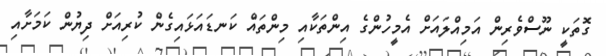
ގޮތަކީ ނޫސްވެރިން އަމިއްލައަށް އެމީހުންގެ އިންތަކާއި މިންތައް ކަނޑައަޅައިގެން ކުރިއަށް ދިޔުން ކަމަށާއި